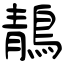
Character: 鶄